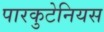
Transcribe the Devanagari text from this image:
पारकुटेनियस